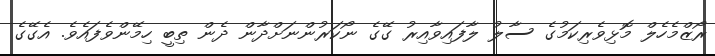
ރޯޒްމެހެލް މޮޅިވެރިކަމުގެ ސާލު ލާފައިވާއިރު ގޭގެ ނޯކަރުންނަށްދާން ދެން ތިބީ ހިމޭންވެފައެވެ. އެގޭގެ